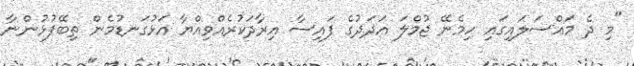
"މި ދެ މައްސަލައިގައި ހިމެނޭ ޖުމްލަ އަދަދުގެ ފައިސާ އިރާދަކުރެއްވިއްޔާ އަޅުގަނޑުމެން ތިބޭފުޅުންނާ